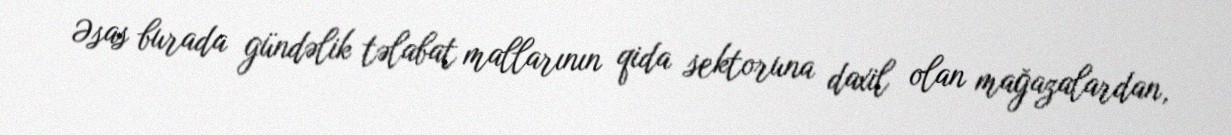
Əsas burada gündəlik təlabat mallarının qida sektoruna daxil olan mağazalardan,